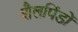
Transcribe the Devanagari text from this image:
शैलपिंडों